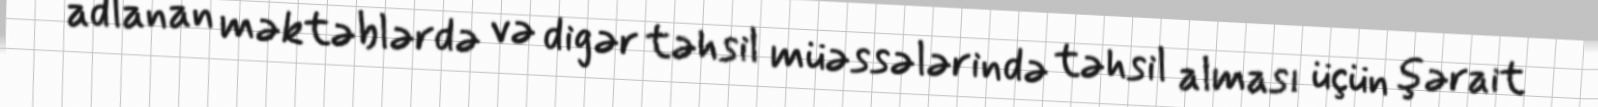
adlanan məktəblərdə və digər təhsil müəssələrində təhsil alması üçün şərait